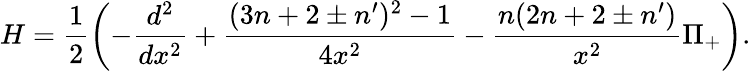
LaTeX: H=\frac{1}{2}\left(-\frac{d^{2}}{dx^{2}}+\frac{(3n+2\pm n^{\prime})^{2}-1}{4x^{2}}-\frac{n(2n+2\pm n^{\prime})}{x^{2}}\Pi_{+}\right).